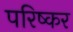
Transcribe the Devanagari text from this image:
परिष्कर